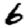
Digit: 6